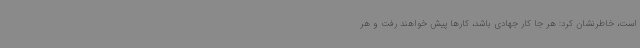
است، خاطرنشان کرد: هر جا کار جهادی باشد، کارها پیش خواهند رفت و هر